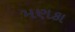
મણકા